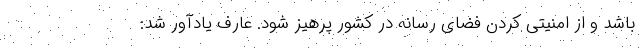
باشد و از امنیتی کردن فضای رسانه در کشور پرهیز شود. عارف یادآور شد: